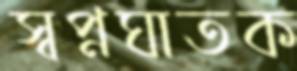
স্বপ্নঘাতক